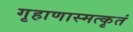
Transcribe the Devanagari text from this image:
गृहाणास्मत्कृतं